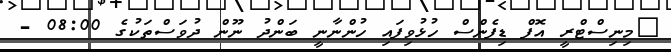
މިނިސްޓްރީ އޮފް ޑިފެންސް ހުޅުވިފައި ހުންނާނީ ބަންދު ނޫން ދުވަސްތަކުގެ 08:00 -